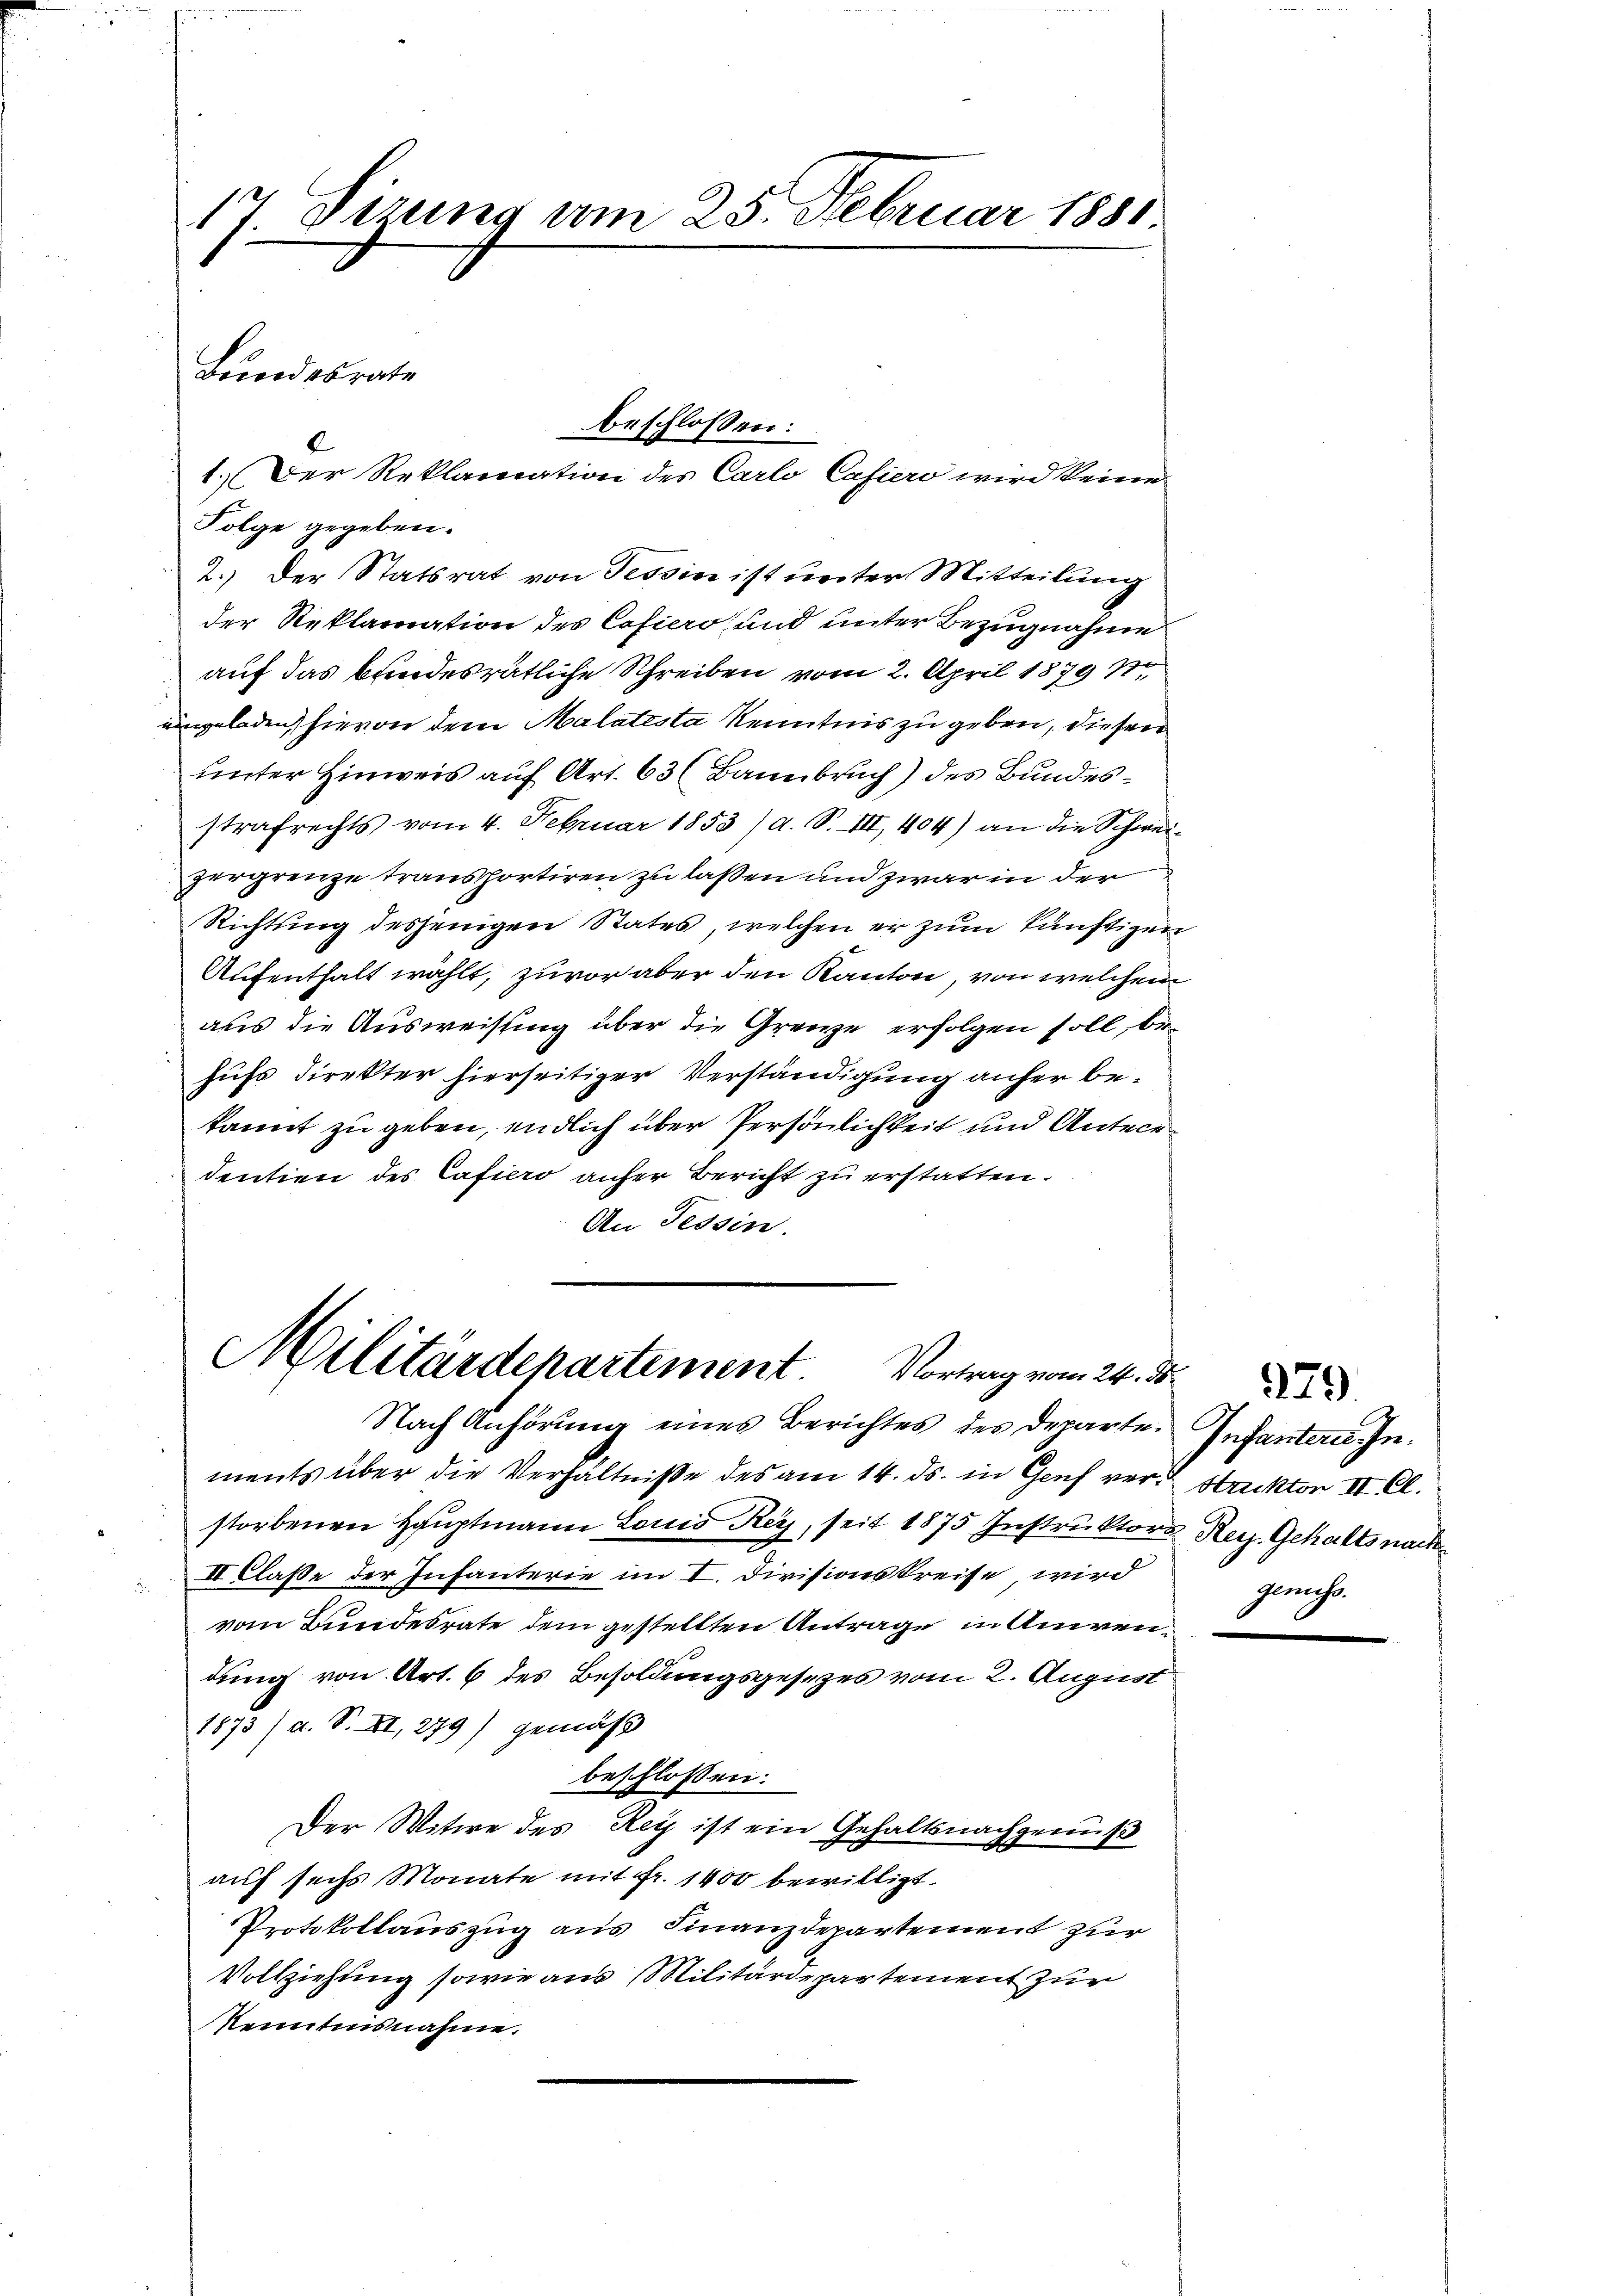
17. Sizung am 25. Februar 1880.

Bundesrate

C
Folge gegeben.
2.) Der Statsrat von Tessin ist unter Mitteilung
der Reklamation des Cafiers und unter Bezugnahme
auf das bundesrätliche Schreiben vom 2. April 1879 1
uingeladen, hievon dem Malatesta Kenntnis zu geben, dieser
unter Hinweis auf Art. 63 (Bannbruch) des Bundesstrafrechts vom 4. Februar 1853 / a. S. III, 404) an die Schwei-
zergrenze transportiren zu laßen und zwar in der
Richtung desjenigen States, welchen er zum künftigen
Aufenthalt wählt, zuvor aber den Kanton, von welchem
aus die Ausweisung über die Grenze erfolgen soll, behufs Direkter hierseitiger Verständigung anher bekannt zu geben, endlich über Persönlichkeit und Antecedentien des Cafiero anher Bericht zu erstatten.
An Tessin.

beschlossen:
1.) Der Reklamation des Carlo Cafiero wird keine

Militärdepartement. Vortrag vom 24. ds.

Nach Anhörung eines Berichtes des Departements über die Verhältniße des am 14. ds. in Genf verdruktor IV Cl.
storbenen Hauptmann Louis Rey, seit 1875 Instruktors Reiz. Gehalts nach
II Classe der Infanterie im I. Divisionskreise wird
vom Bundesrate dem gestellten Antrage in Anwendung von Art. 6 des Besoldungsgesezes vom 2. August
1873/a. S. XI, 279) gemäß
beschlossen:
Der Witwe des Rey ist ein Gehaltsnachgenuß
auf sechs Monate mit fr. 1400 bewilligt.
Protokollauszug aus Finanzdepartement zur
Vollziehung sowie aus Militärdepartement zur
Kenntnisnahme.

Infantere In

279